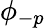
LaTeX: \phi_{-p}